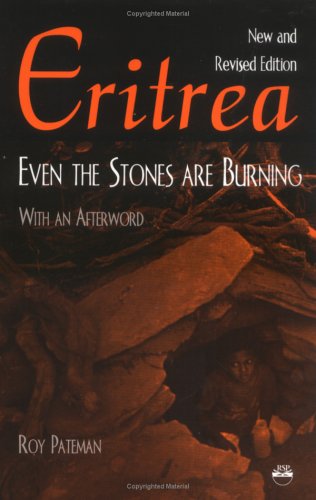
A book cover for Eritrea: Even the Stones Are Burning; Roy Pateman; History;